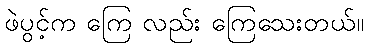
ဖဲပွင့်က ကြေ လည်း ကြေသေးတယ်။